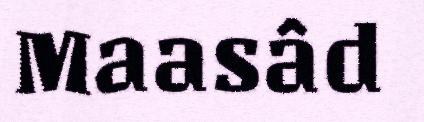
Maasâd